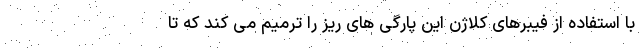
با استفاده از فیبرهای کلاژن این پارگی های ریز را ترمیم می کند که تا